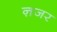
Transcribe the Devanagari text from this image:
ऩजर